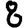
Digit: 8